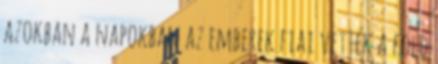
azokban a napokban az emberek fiai vették a föld